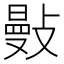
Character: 𢿕